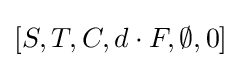
[S,T,C,d\cdot F,\emptyset ,0]